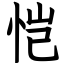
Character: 恺